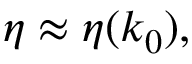
\begin{array} { r } { \eta \approx \eta ( k _ { 0 } ) , } \end{array}